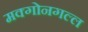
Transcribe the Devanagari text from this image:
मक्गोनगल्ल